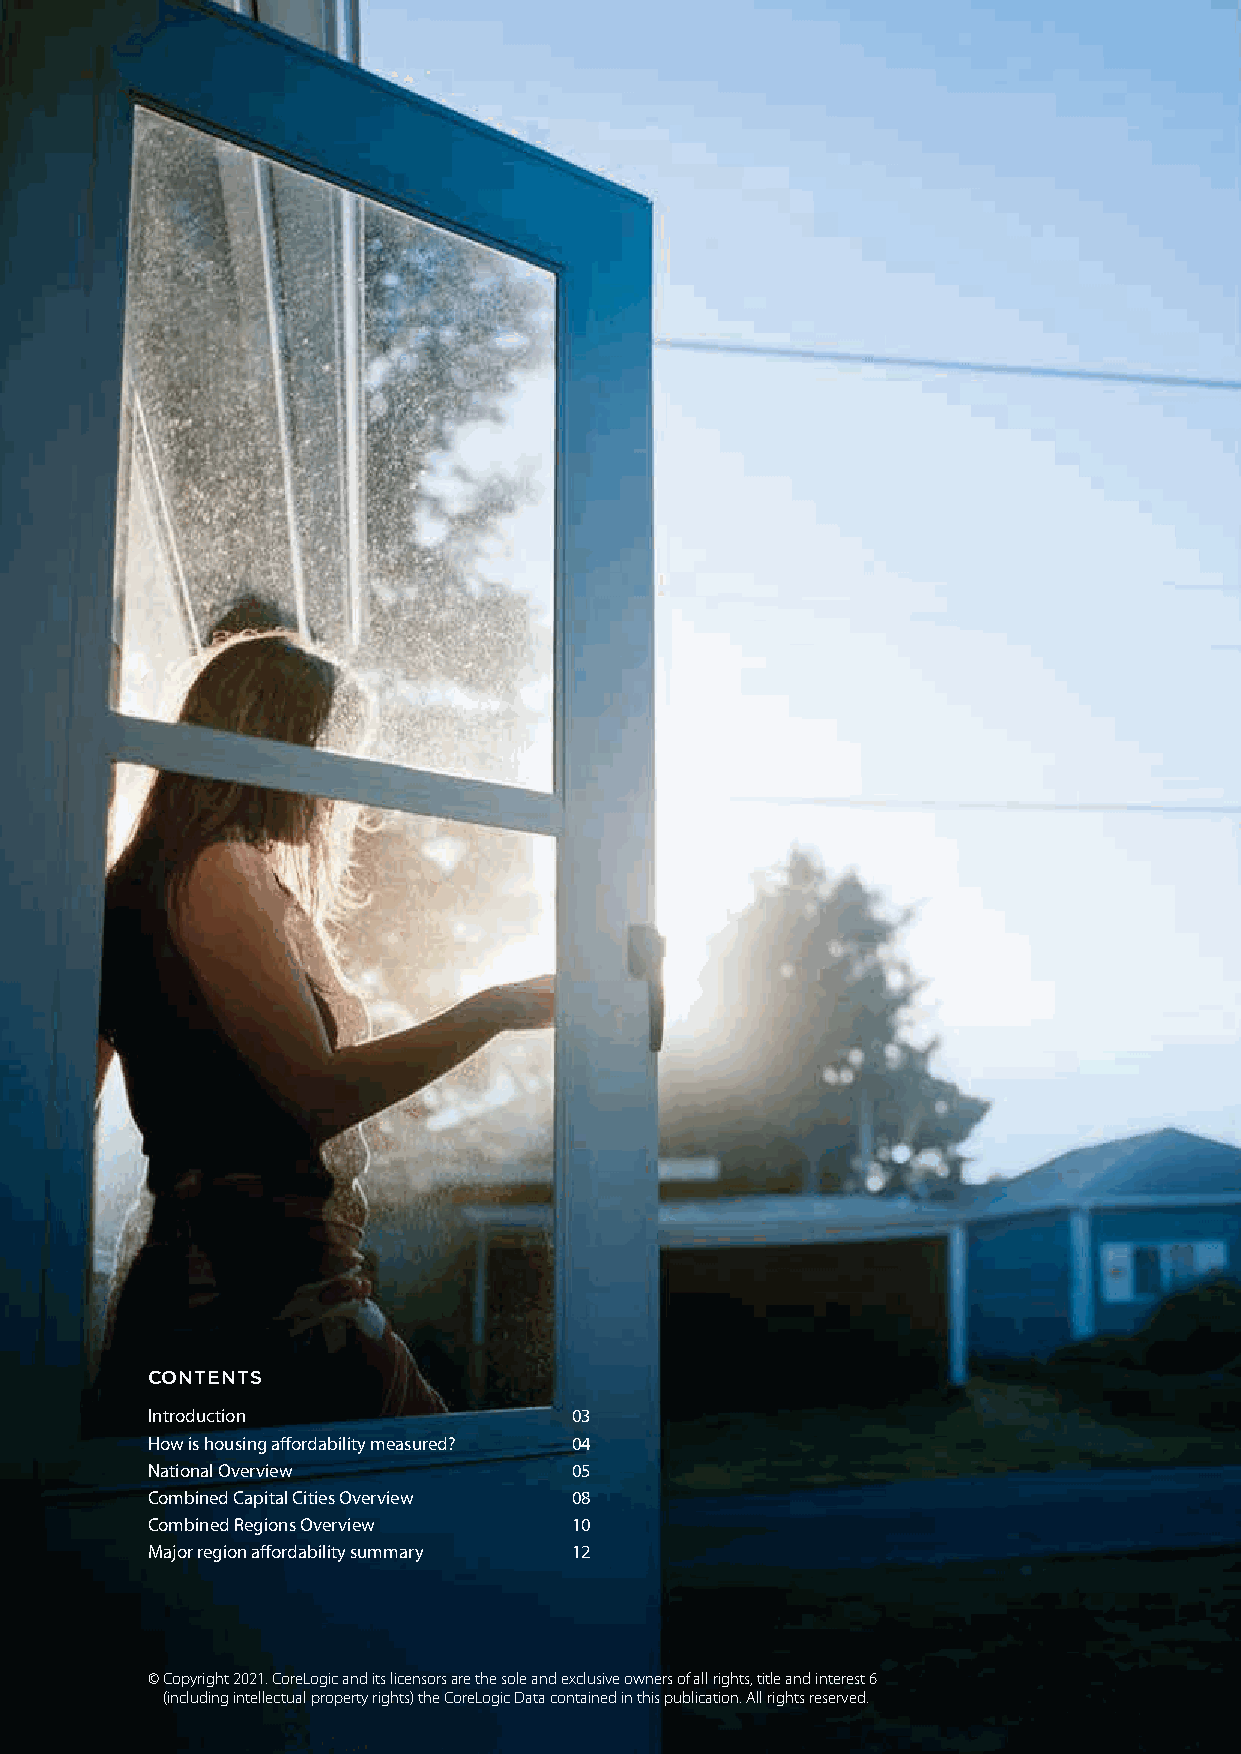
CONTENTS
 Introduction                03
 How is housing affordability measured? 04
 National Overview           05
 Combined Capital Cities Overview 08
 Combined Regions Overview   10
 Major region affordability summary 12
 © Copyright 2021. CoreLogic and its licensors are the sole and exclusive owners of all rights, title and interest 6 2
 (including intellectual property rights) the CoreLogic Data contained in this publication. All rights reserved.